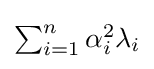
{\textstyle \sum _{i=1}^{n}\alpha _{i}^{2}\lambda _{i}}